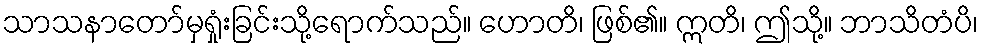
သာသနာတော်မှရှုံးခြင်းသို့ရောက်သည်။ ဟောတိ၊ ဖြစ်၏။ ဣတိ၊ ဤသို့။ ဘာသိတံပိ၊